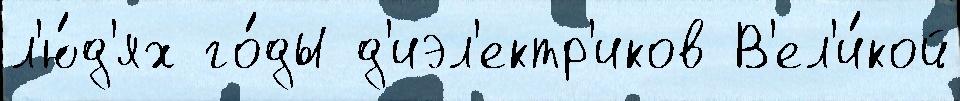
л'ю́д'ях го́ды д'иэл'ектр'иков В'ел'и́кой